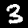
Label: 3